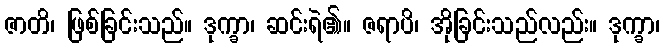
ဇာတိ၊ ဖြစ်ခြင်းသည်။ ဒုက္ခာ၊ ဆင်းရဲ၏။ ဇရာပိ၊ အိုခြင်းသည်လည်း။ ဒုက္ခာ၊